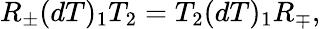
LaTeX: R_{\pm}(dT)_{1}T_{2}=T_{2}(dT)_{1}R_{\mp},